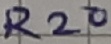
Text: R20